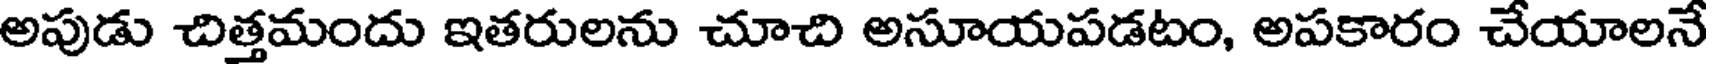
అపుడు చిత్తమందు ఇతరులను చూచి అసూయపడటం, అపకారం చేయాలనే